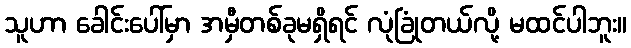
သူဟာ ခေါင်းပေါ်မှာ အမှီတစ်ခုမရှိရင် လုံခြုံတယ်လို့ မထင်ပါဘူး။